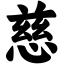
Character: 慈